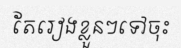
តែរៀងខ្លួនៗទៅចុះ